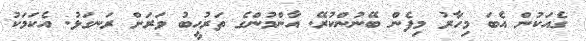
ގެއަކުން އެބަ މިހާރު މިފެން ބޭނުންކުރޭ. އާންމުންގެ ތަރުހީބު ވަރަށް ރަނގަޅު. އެކަމަކު